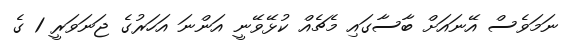
ނަމަވެސް އޭނައަށް ބާސާގައި މެޗެއް ކުޅޭވޭނީ އަންނަ އަހަރުގެ ޖަނަވަރީ 1 ގެ